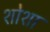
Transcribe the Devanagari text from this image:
शोशा